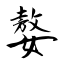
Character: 嫯